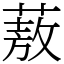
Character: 蔜